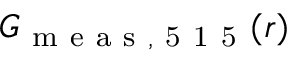
G _ { \mathrm { ~ m ~ e ~ a ~ s ~ , ~ 5 ~ 1 ~ 5 ~ } } ( r )